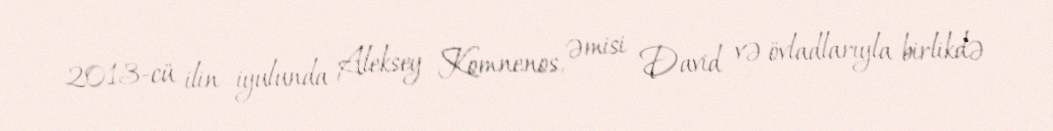
2013-cü ilin iyulunda Aleksey Komnenos, əmisi David və övladlarıyla birlikdə